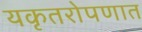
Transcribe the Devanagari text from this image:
यकृतरोपणात